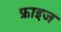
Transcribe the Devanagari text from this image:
फ्राइज